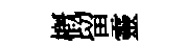
槪留靈